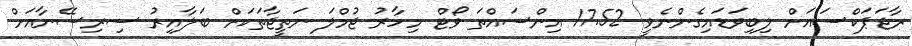
ރާޖަޕަކްސައަށް ލިބިވަޑައިގެންނެވީ 17.52 އިންސައްތަ ވޯޓް މިހާރު ޖުމްލަ ނަތީޖާތަކަށް ބަލާއިރު ސިރިސޭނާއަށް